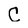
Character: C